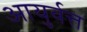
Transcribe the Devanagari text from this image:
आयुर्वत्त